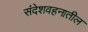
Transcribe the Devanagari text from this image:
संदेशवहनातील